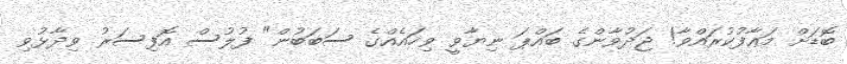
ބޮޑަށް މަޢާފުކުރައްވާ! ޖަދުވާންގެ ބައްޕަ ނިޔާވީ ވިހައެއްގެ ސަބަބުން" ފުލުސް އޮފިސަރު ވިދާޅުވި